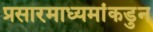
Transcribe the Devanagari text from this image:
प्रसारमाध्यमांकडुन